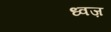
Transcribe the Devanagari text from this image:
ध्वज़